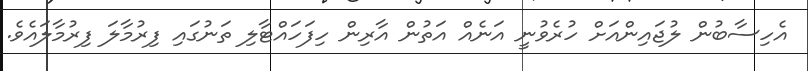
އެހިސާބުން ލުޖައިންއަށް ހުރެވުނީ އަނެއް އަތުން އާރިން ހިފަހައްޓާލި ތަނުގައި ފިރުމާލަ ފިރުމާލައެވެ.